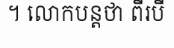
។ លោកបន្តថា ពីរបី